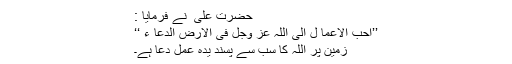
حضرت علی ؑ نے فرمایا :
’’احب الاعما ل الی اللہ عز وجل فی الارض الدعا ء ‘‘
زمین پر اللہ کا سب سے پسند یدہ عمل دعا ہے۔